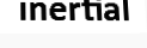
inertial